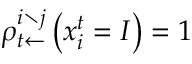
\rho _ { t \leftarrow } ^ { i \setminus j } \left( x _ { i } ^ { t } = I \right) = 1